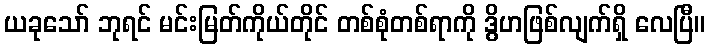
ယခုသော် ဘုရင် မင်းမြတ်ကိုယ်တိုင် တစ်စုံတစ်ရာကို ဒွိဟဖြစ်လျက်ရှိ လေပြီ။